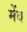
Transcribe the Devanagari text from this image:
मेंव